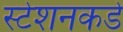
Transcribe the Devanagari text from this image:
स्टेशनकडे